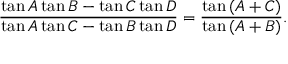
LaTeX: { \frac { \tan { A } \tan { B } - \tan { C } \tan { D } } { \tan { A } \tan { C } - \tan { B } \tan { D } } } = { \frac { \tan { ( A + C ) } } { \tan { ( A + B ) } } } .